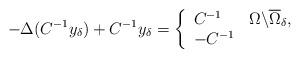
LaTeX: \begin{align*}-\Delta (C^{-1}y_{\delta })+C^{-1}y_{\delta }=\left\{ \begin{array}{ll}C^{-1} & \Omega \backslash \overline{\Omega }_{\delta }, \\ -C^{-1} & \end{array}\right. \end{align*}